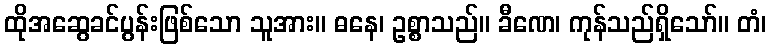
ထိုအဆွေခင်ပွန်းဖြစ်သော သူအား။ ဓနေ၊ ဥစ္စာသည်။ ခီဏေ၊ ကုန်သည်ရှိသော်။ တံ၊